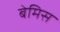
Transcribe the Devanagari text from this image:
बेमिस